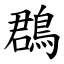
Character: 鵘